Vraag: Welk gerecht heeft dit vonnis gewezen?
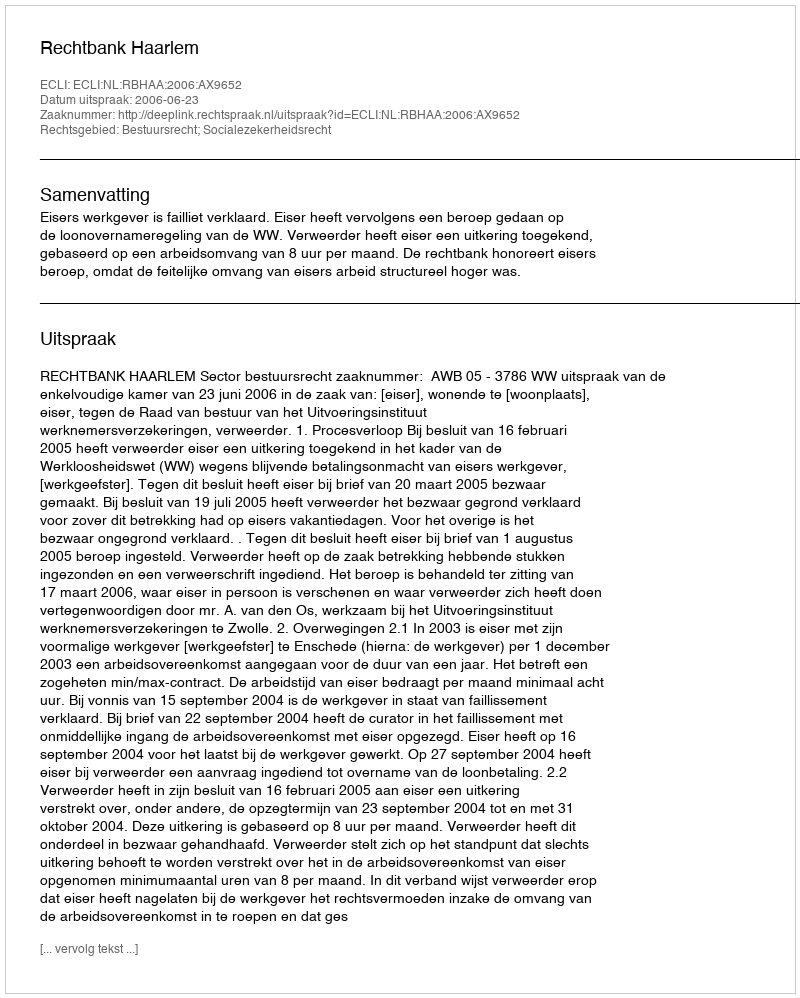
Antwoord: Rechtbank Haarlem